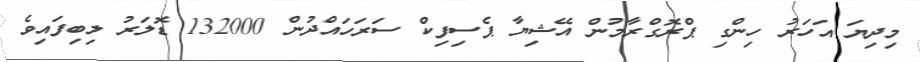
މިދިޔަ އަހަރު ހިންގި ޕްރޮގްރާމުން އޭޝިޔާ ޕެސިފިކް ސަރަހައްދުން 132000 ޑޮލަރު ލިބިފައިވެ